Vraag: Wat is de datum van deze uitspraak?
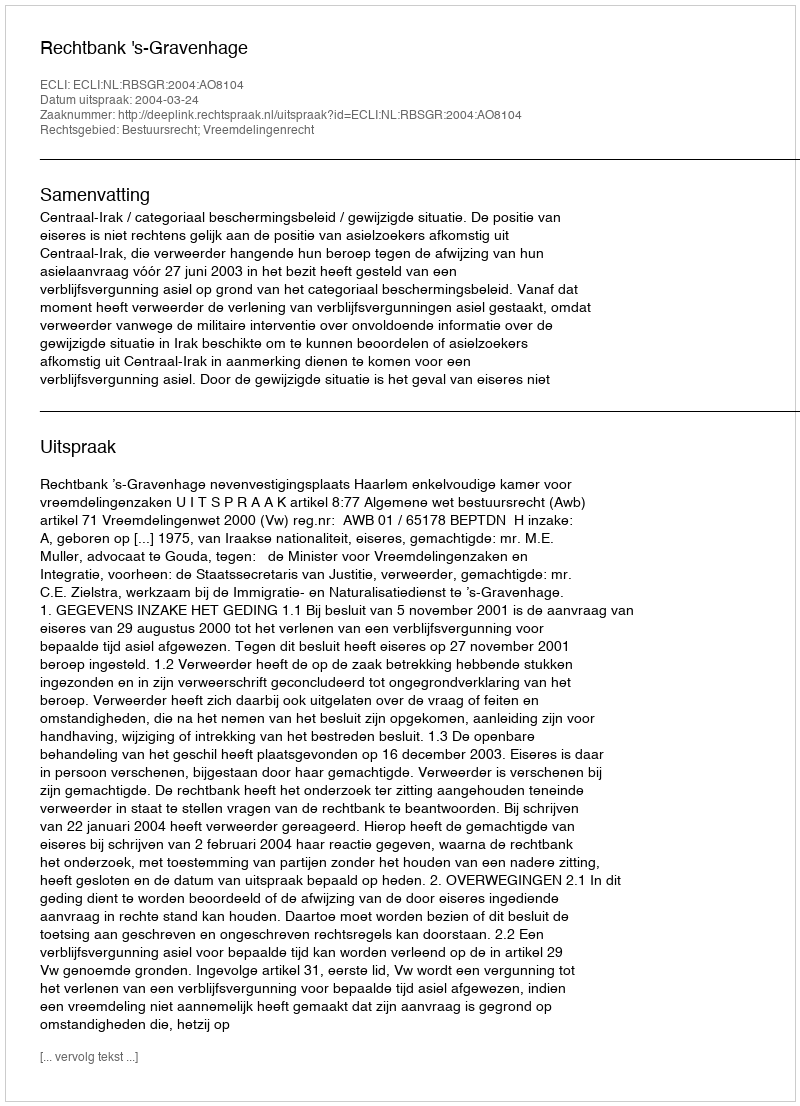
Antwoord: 2004-03-24